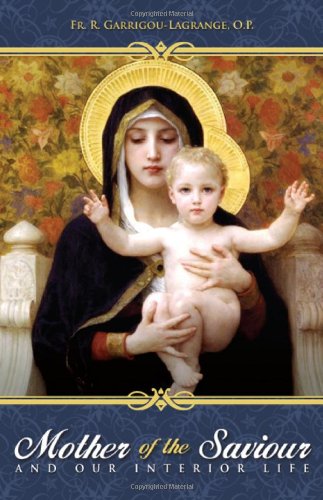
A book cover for The Mother of the Saviour: And Our Interior Life; Reginald Garrigou-Lagrange; Christian Books & Bibles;